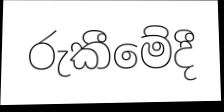
රුකීමේදී